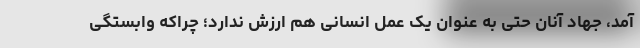
آمد، جهاد آنان حتی به عنوان یک عمل انسانی هم ارزش ندارد؛ چراکه وابستگی